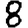
Digit: 8